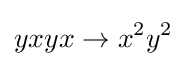
yxyx\rightarrow x^{2}y^{2}